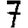
Digit: 7